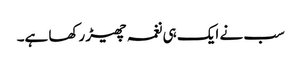
سب نے ایک ہی نغمہ چھیڑ رکھا ہے۔